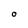
Character: O